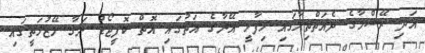
އަދި ރޭޝްމާގެ ދެއަތްތިލާގައި ހިފާލީ އޭނާގެ އަތުގައި އޮތް ކޮފީޖޯޑު ނަގާ މޭޒުމަތީގައި